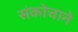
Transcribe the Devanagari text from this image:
संकोचाने